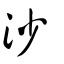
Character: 沙